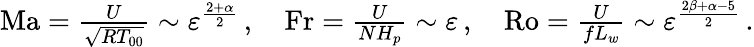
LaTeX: \begin{array}{r}{\mathrm{Ma}=\frac{U}{\sqrt{RT_{00}}}\sim{\varepsilon}^{\frac{2+\alpha}{2}}\, ,\quad\mathrm{Fr}=\frac{U}{NH_{p}}\sim{\varepsilon}\, ,\quad\mathrm{Ro}=\frac{U}{fL_{w}}\sim{\varepsilon}^{\frac{2\beta+\alpha-5}{2}}\, .}\end{array}